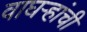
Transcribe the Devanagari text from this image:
वाघऱ्‍हांची